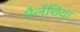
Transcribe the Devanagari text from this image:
पैलेंशिया